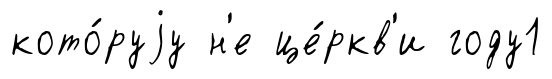
кото́руjу н'е це́ркв'и году1